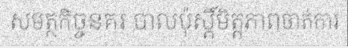
សមត្ថកិច្ចនគរ បាលប៉ុស្តិ៍មិត្តភាពចាត់ការ